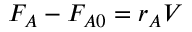
F _ { A } - F _ { A 0 } = r _ { A } V